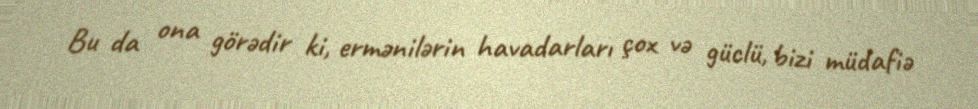
Bu da ona görədir ki, ermənilərin havadarları çox və güclü, bizi müdafiə